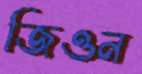
জিওন